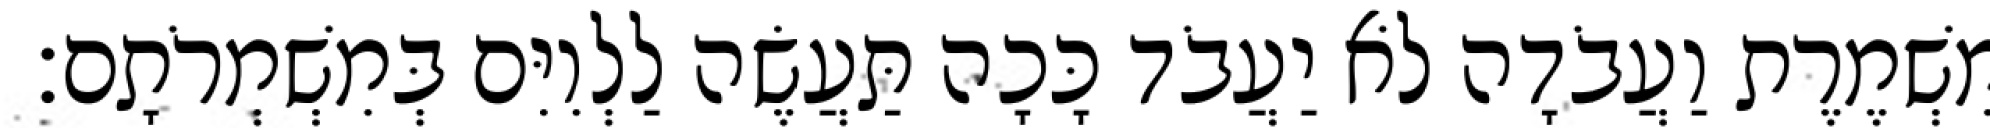
מִשְׁמֶרֶת וַעֲבֹדָה לֹא יַעֲבֹד כָּכָה תַּעֲשֶׂה לַלְוִיִּם בְּמִשְׁמְרֹתָם׃